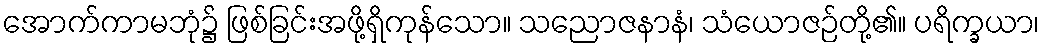
အောက်ကာမဘုံ၌ ဖြစ်ခြင်းအဖို့ရှိကုန်သော။ သညောဇနာနံ၊ သံယောဇဉ်တို့၏။ ပရိက္ခယာ၊